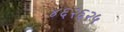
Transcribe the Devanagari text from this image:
४६२६२५